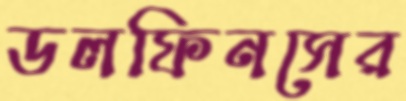
ডলফিনসের